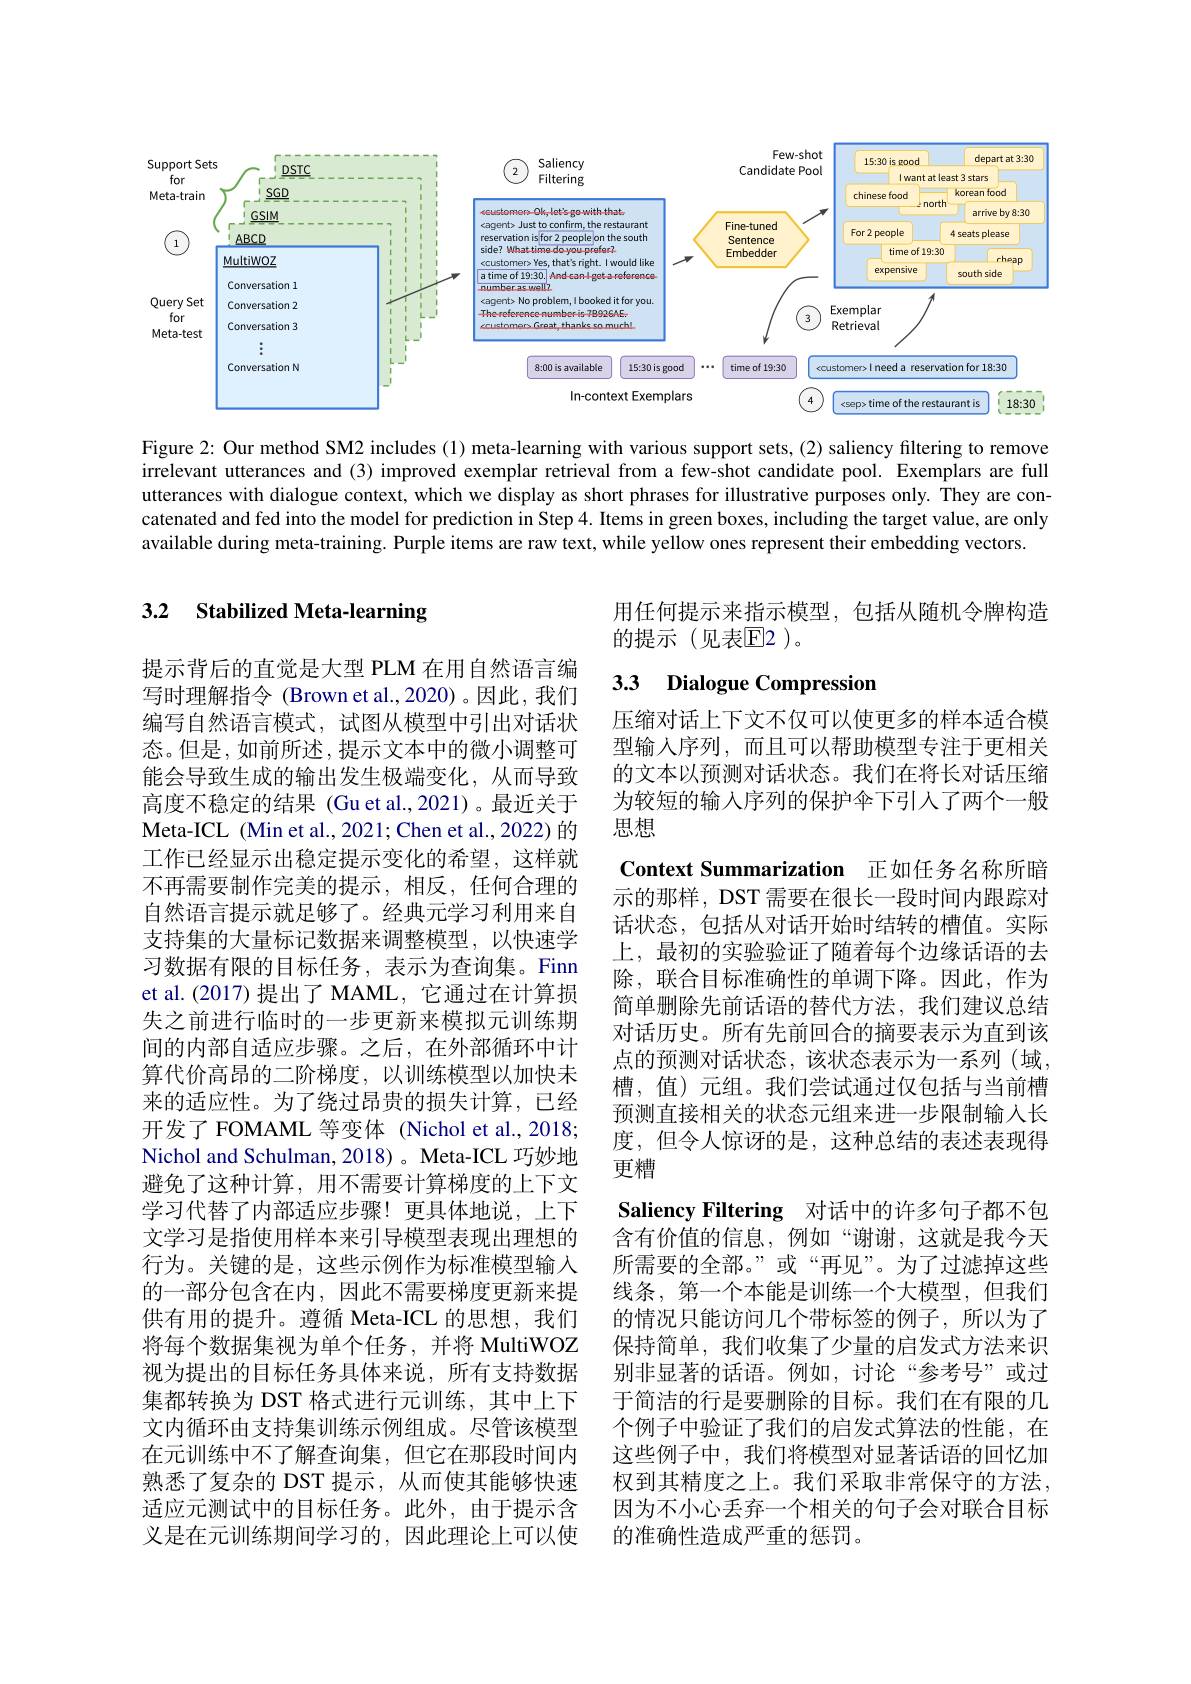
<FigureHere>

Figure 2: Our method SM2 includes (1) meta-learning with various support sets, (2) saliency filtering to remove irrelevant utterances and (3) improved exemplar retrieval from a few-shot candidate pool. Exemplars are full utterances with dialogue context, which we display as short phrases for illustrative purposes only. They are concatenated and fed into the model for prediction in Step 4. Items in green boxes, including the target value, are only available during meta-training. Purple items are raw text, while yellow ones represent their embedding vectors.

# 3.2 Stabilized Meta-learning

用任何提示来指示模型，包括从随机令牌构造
的提示(见表$\mathbb{E}$2)。

## 3.3 Dialogue Compression

提示背后的直觉是大型 PLM 在用自然语言编写时理解指令 (Brown et al.,2020)。因此，我们编写自然语言模式，试图从模型中引出对话状态。但是，如前所述，提示文本中的微小调整可能会导致生成的输出发生极端变化，从而导致高度不稳定的结果 (Gu et al.,2021)。最近关于Meta-ICL (Min et al., 2021; Chen et al., 2022) 的工作已经显示出稳定提示变化的希望，这样就不再需要制作完美的提示，相反，任何合理的自然语言提示就足够了。经典元学习利用来自支持集的大量标记数据来调整模型，以快速学习数据有限的目标任务，表示为查询集。Finn et al.(2017) 提出了 MAML, 它通过在计算损失之前进行临时的一步更新来模拟元训练期间的内部自适应步骤。之后，在外部循环中计算代价高昂的二阶梯度，以训练模型以加快未来的适应性。为了绕过昂贵的损失计算，已经开发了 FOMAML 等变体 (Nichol et al.,2018; Nichol and Schulman, 2018) 。Meta-ICL 巧妙地避免了这种计算，用不需要计算梯度的上下文学习代替了内部适应步骤！更具体地说，上下文学习是指使用样本来引导模型表现出理想的行为。关键的是，这些示例作为标准模型输入的一部分包含在内，因此不需要梯度更新来提供有用的提升。遵循 Meta-ICL 的思想，我们将每个数据集视为单个任务，并将 MultiWOZ 视为提出的目标任务具体来说，所有支持数据集都转换为 DST 格式进行元训练，其中上下文内循环由支持集训练示例组成。尽管该模型在元训练中不了解查询集，但它在那段时间内熟悉了复杂的 DST 提示，从而使其能够快速适应元测试中的目标任务。此外，由于提示含义是在元训练期间学习的，因此理论上可以使

压缩对话上下文不仅可以使更多的样本适合模型输入序列，而且可以帮助模型专注于更相关的文本以预测对话状态。我们在将长对话压缩为较短的输入序列的保护伞下引人了两个一般思想
Context Summarization 正如任务名称所暗示的那样，DST 需要在很长一段时间内跟踪对话状态，包括从对话开始时结转的槽值。实际上，最初的实验验证了随着每个边缘话语的去除，联合目标准确性的单调下降。因此，作为简单删除先前话语的替代方法，我们建议总结对话历史。所有先前回合的摘要表示为直到该点的预测对话状态，该状态表示为一系列(域， 槽，值)元组。我们尝试通过仅包括与当前槽预测直接相关的状态元组来进一步限制输入长度，但令人惊讶的是，这种总结的表述表现得更糟
Saliency Filtering 对话中的许多句子都不包含有价值的信息，例如“谢谢，这就是我今天所需要的全部。”或“再见”。为了过滤掉这些线条，第一个本能是训练一个大模型，但我们的情况只能访问几个带标签的例子，所以为了保持简单，我们收集了少量的启发式方法来识别非显著的话语。例如，讨论“参考号”或过于简洁的行是要删除的目标。我们在有限的几个例子中验证了我们的启发式算法的性能，在这些例子中，我们将模型对显著话语的回忆加权到其精度之上。我们采取非常保守的方法， 因为不小心丢弃一个相关的句子会对联合目标的准确性造成严重的惩罚。